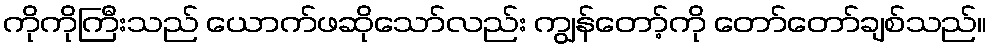
ကိုကိုကြီးသည် ယောက်ဖဆိုသော်လည်း ကျွန်တော့်ကို တော်တော်ချစ်သည်။